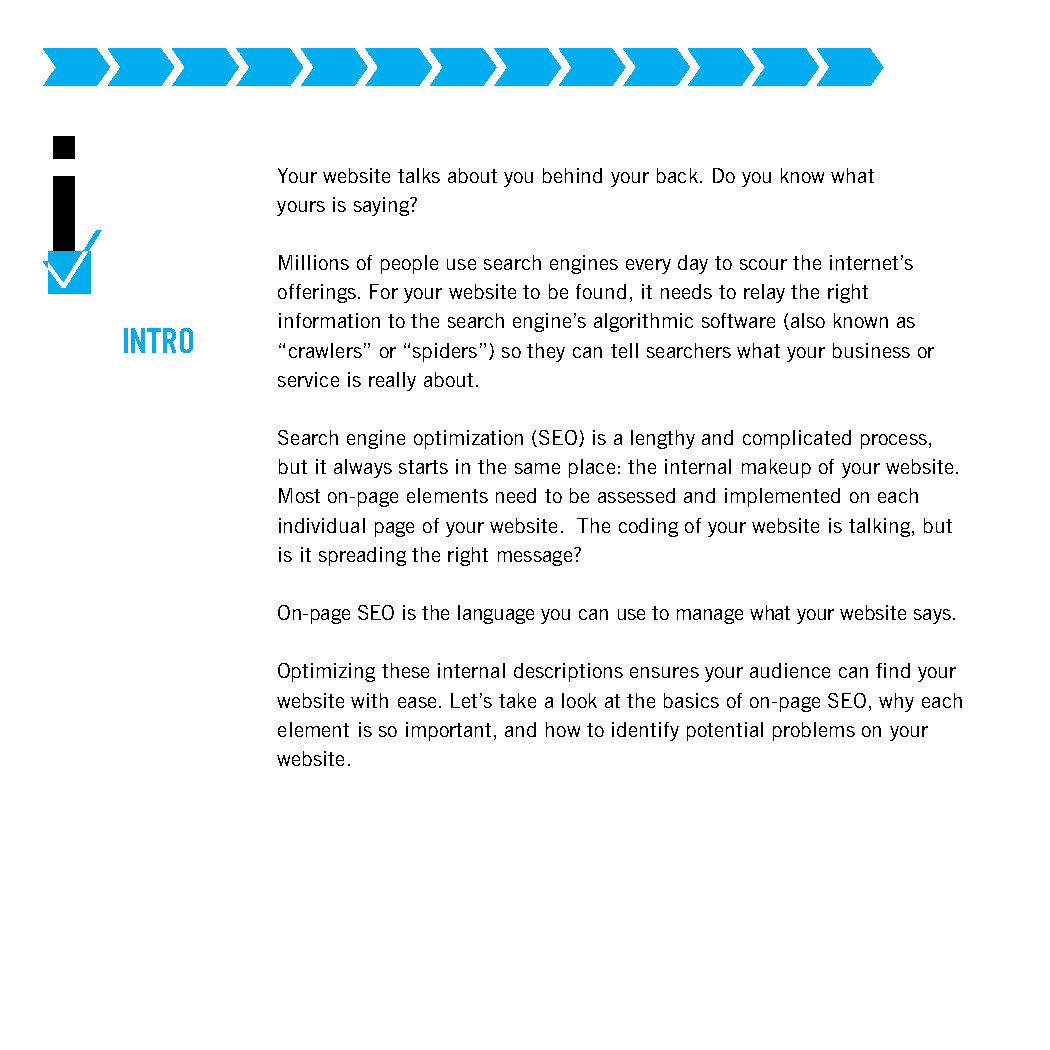
i
 Your website talks about you behind your back. Do you know what
 yours is saying?
 Millions of people use search engines every day to scour the internet’s
 offerings. For your website to be found, it needs to relay the right
 information to the search engine’s algorithmic software (also known as
 INTRO
 “crawlers” or “spiders”) so they can tell searchers what your business or
 service is really about.
 Search engine optimization (SEO) is a lengthy and complicated process,
 but it always starts in the same place: the internal makeup of your website.
 Most on-page elements need to be assessed and implemented on each
 individual page of your website. The coding of your website is talking, but
 is it spreading the right message?
 On-page SEO is the language you can use to manage what your website says.
 Optimizing these internal descriptions ensures your audience can find your
 website with ease. Let’s take a look at the basics of on-page SEO, why each
 element is so important, and how to identify potential problems on your
 website.